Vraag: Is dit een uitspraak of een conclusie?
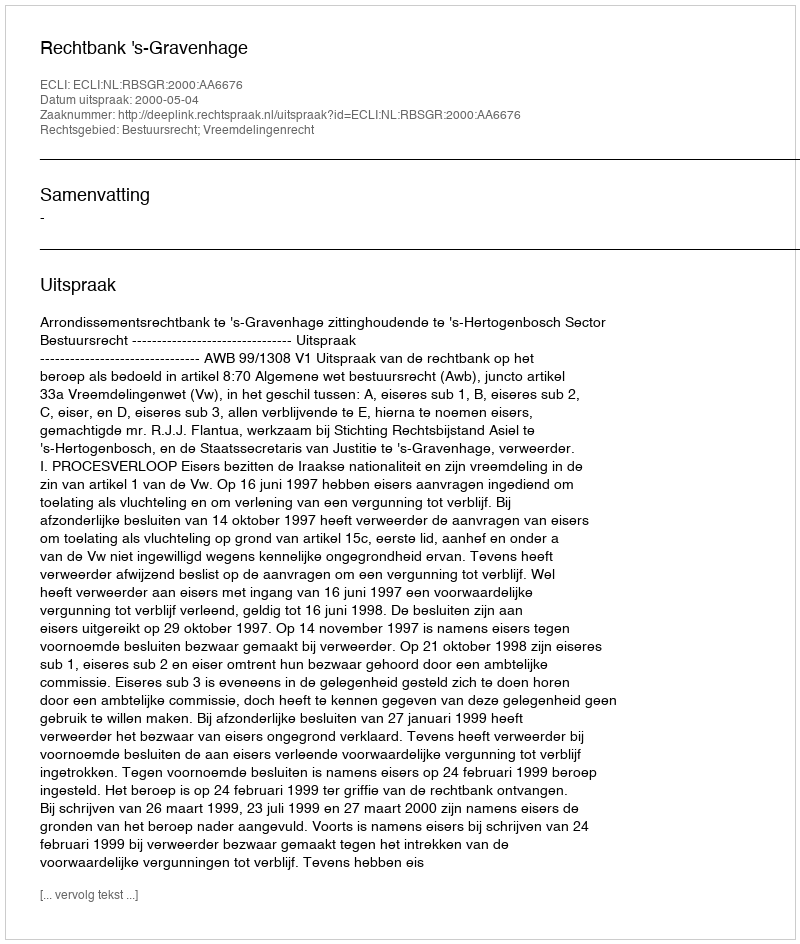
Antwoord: Uitspraak